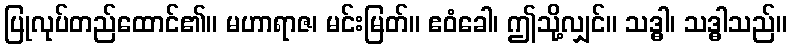
ပြုလုပ်တည်ထောင်၏။ မဟာရာဇ၊ မင်းမြတ်။ ဧဝံခေါ၊ ဤသို့လျှင်။ သဒ္ဓါ၊ သဒ္ဓါသည်။